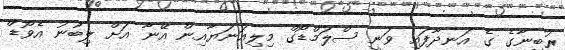
ރުބީނާގެ ގެ އަނދާފައި ވަނީ ސްލަމްޑޯގް މިލިއަނަޔާއިން އޭނާ އަށް ލިބުނު އެވޯޑް